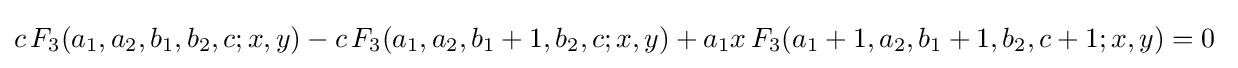
c\,F_{3}(a_{1},a_{2},b_{1},b_{2},c;x,y)-c\,F_{3}(a_{1},a_{2},b_{1}+1,b_{2},c;x,y)+a_{1}x\,F_{3}(a_{1}+1,a_{2},b_{1}+1,b_{2},c+1;x,y)=0~